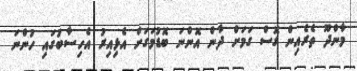
މާންދޫ ތެރެއިން ގޮސް ގަމަށް ދާން އޮންނަ ބޮޑުމަގަށް އެޅިއިރު އެހިސާބުގައި ހުންނަ